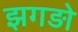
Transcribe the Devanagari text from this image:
झगड़ो